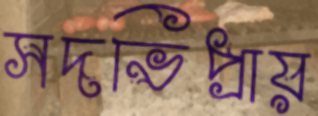
সদভিপ্রায়